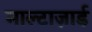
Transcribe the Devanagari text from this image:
माल्टाज़ार्ड